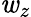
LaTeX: \mathit{w}_{z}